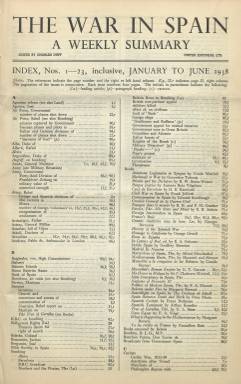
Título: The War in Spain
Colección: Guerra civil
Ámbito geográfico: Gran Bretaña
Lugar de publicación: London
Fechas: 01/01/1938-18/03/1939

Periódico editado e impreso en Londres en lengua inglesa por United Editorial Limited, creada por la Embajada de la República Española, regentada durante la guerra civil por el diplomático y catedrático Pablo de Azcárate Flórez (1890-1971), a cuyo frente contrató como editor al periodista de origen irlandés Charles Duff (1894-1965). Este semanario es uno de los tres periódicos que formaron parte del plan de difusión de los servicios de propaganda de la República Española en la capital británica a través de la citada editorial para ofrecer la imagen de un Estado reformista y democrático frente a un ejército y una iglesia católica golpista y sublevada, y denunciar la intervención militar extranjera italiana y alemana en el conflicto bélico español, junto a la publicación de libros de autores españoles y británicos, folletos divulgativos y carteles de guerra. El primer número de The War in Spain (= La guerra en España) corresponde al 22 de enero de 1938, y el 63 y último, al uno de abril de 1939, coincidiendo con la proclamación de la victoria del ejército franquista.

Se trata de un periódico en folio grande, de cuatro páginas por entrega, compuestas a dos columnas y numeración continuada, con un pulcro diseño, una exquisita impresión y una información concisa y manejable. Son textos corridos, con sus correspondientes epígrafes, algunos de los cuales como títulos de secciones fijas. Con el subtítulo en su cabecera “a weekly summary”, ofrece un resumen semanal de noticias, informaciones y datos sobre España, sobre las acciones bélicas protagonizadas por el ejército republicano, a la vez que denuncia el terror instaurado en la zona nacional, a cuyos generales ridiculiza, apoyándose también en chistes gráficos, y en la sección (o epígrafe) Behind Franco’s Lines, ofrecerá información procedente de detrás de los frentes franquistas. A partir del dos de julio de 1938, también incluye una nueva sección bajo el epígrafe Summary of Franco’s Executions, en la que va ofreciendo una larga lista de prisioneros fusilados por el ejército sublevado. Y a la vez que tiene otra sección para reseñar nuevas publicaciones (Our Publications), ofrece así mismo las listas de libros “sediciosos” que eran prohibidos por el ejército nacional a través de su Comisión de Purificación de Bibliotecas.

Da cuenta abundante y de forma abrumadora de la intervención militar italiana y alemana en la guerra española, pero denunciará así mismo la ayuda británica para la rendición de Menorca, e identificará a los amigos británicos de Franco como enemigos de Gran Bretaña.

Su editor, Charles Duff había trabajado previamente en el departamento de Prensa del Foreign Office, abandonándolo en otoño de 1936, tras darse cuenta de su pro-fascismo, siendo contratado en mayo de 1937 como principal agente inglés de propaganda del Gobierno de la República Española en Londres, que contará también con la labor del agregado de Prensa de la legación diplomática española en esa ciudad durante la guerra, el periodista y escritor socialista Antonio Ramos Oliveira (190-1973). El embajador Pablo de Azcárate siempre se lamentará profundamente del escaso apoyo que las autoridades británicas brindaron a las españolas.

United Editorial Limited también publicó con el mismo fin propagandístico, nueve números del periódico Spain at war (= España en guerra), con el subtítulo “a monthly journal of facts and pictures”, desde abril a diciembre de 1938. También, desde enero a marzo de 1939, tres entregas mensuales de Voice of Spain (= Voces de España), con el subtítulo “a weekly summary of facts and comment”. Acabada la guerra, Charles Duff seguirá editando semanalmente este último título, desde el ocho de abril de ese año 1939 hasta el 14 junio de 1941 (número 115), junto a los republicanos españoles, ya como exiliados en Londres, entre los que se encontraba el propio Azcárate, quien probablemente fuera quien lo dirigiera. Se le añade durante este periodo a su cabecera la indicación “incorporating The War in Spain”, y en él se analizará la nueva situación de España y los españoles, acompañado de ilustraciones. A su vez, Voice of Spain fue continuado por un nuevo periódico desde 1941 a 1946: Spanish News Letter, impreso en ciclostil. Duff confesaría después que, empeñando todo su dinero y energía, se había dedicado durante doce años a ayudar a la República Española.

La colección de este título en la Biblioteca Nacional de España contiene desde el primer número al 61, de 18 de marzo de 1939, faltándole las entregas 51, 53 y 60. Referencias a estos periódicos y a sus protagonistas son las de Luis Monferrer Catalán (2007), Hugo García Fernández (2007) y José Manuel Pereiro Otero (2010), de cuyas obras se ha recabado, principalmente, la información para redactar esta descripción.